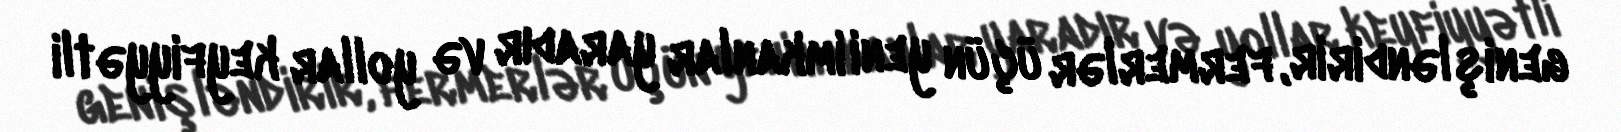
genişləndirir, fermerlər üçün yeni imkanlar yaradır və yollar keyfiyyətli